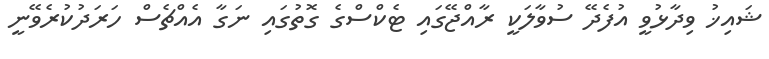
ޝައިޚު ވިދާޅުވީ އުފެދޭ ސުވާލަކީ ރާއްޖޭގައި ޓެކްސްގެ ގޮތުގައި ނަގާ އެއްޗެސް ހަރަދުކުރެވޭނީ